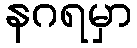
နဂရမှာ